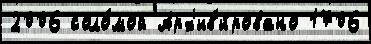
2006 соло́мой Арх'ив'и́ровано 1706